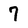
Character: 7